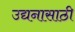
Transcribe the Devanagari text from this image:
उद्यनासाठी